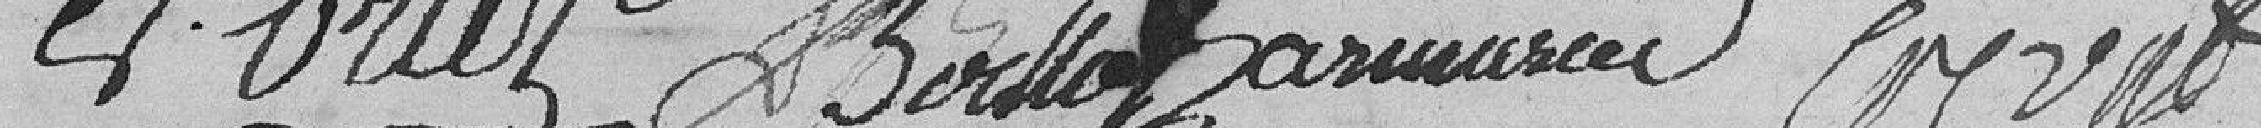
L. Oriez               Boillot     Darmeusier ?    ??????